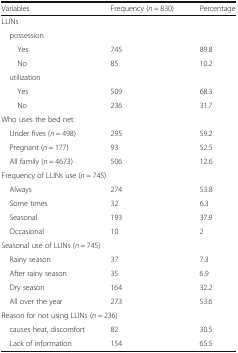
<table><thead><tr><td><b>Variables</b></td><td><b>Frequency (<i>n</i> = 830)</b></td><td><b>Percentage</b></td></tr></thead><tbody><tr><td colspan="3">LLINs</td></tr><tr><td colspan="3"> possession</td></tr><tr><td>Yes</td><td>745</td><td>89.8</td></tr><tr><td>No</td><td>85</td><td>10.2</td></tr><tr><td colspan="3"> utilization</td></tr><tr><td>Yes</td><td>509</td><td>68.3</td></tr><tr><td>No</td><td>236</td><td>31.7</td></tr><tr><td colspan="3">Who uses the bed net</td></tr><tr><td> Under fives (<i>n</i> = 498)</td><td>295</td><td>59.2</td></tr><tr><td> Pregnant (<i>n</i> = 177)</td><td>93</td><td>52.5</td></tr><tr><td> All family (<i>n</i> = 4673)</td><td>506</td><td>12.6</td></tr><tr><td colspan="3">Frequency of LLINs use (<i>n</i> = 745)</td></tr><tr><td> Always</td><td>274</td><td>53.8</td></tr><tr><td> Some times</td><td>32</td><td>6.3</td></tr><tr><td> Seasonal</td><td>193</td><td>37.9</td></tr><tr><td> Occasional</td><td>10</td><td>2</td></tr><tr><td colspan="3">Seasonal use of LLINs (<i>n</i> = 745)</td></tr><tr><td> Rainy season</td><td>37</td><td>7.3</td></tr><tr><td> After rainy season</td><td>35</td><td>6.9</td></tr><tr><td> Dry season</td><td>164</td><td>32.2</td></tr><tr><td> All over the year</td><td>273</td><td>53.6</td></tr><tr><td colspan="3">Reason for not using LLINs (<i>n</i> = 236)</td></tr><tr><td> causes heat, discomfort</td><td>82</td><td>30.5</td></tr><tr><td> Lack of information</td><td>154</td><td>65.5</td></tr></tbody></table>